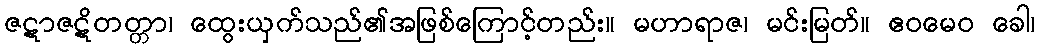
ဇဋာဇဋိတတ္တာ၊ ထွေးယှက်သည်၏အဖြစ်ကြောင့်တည်း။ မဟာရာဇ၊ မင်းမြတ်။ ဧဝမေဝ ခေါ၊